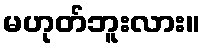
မဟုတ်ဘူးလား။